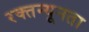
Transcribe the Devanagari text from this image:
रक्तन्यूनता